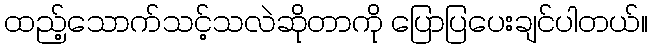
ထည့်သောက်သင့်သလဲဆိုတာကို ပြောပြပေးချင်ပါတယ်။